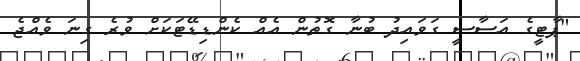
"ޕާޓީގެ އަސާސީ ގަވައިދު ބުނާ ގޮތުން އެއް ކެންޑިޑޭޓަކަށް ވުރެ ގިނަ ވެއްޖެ